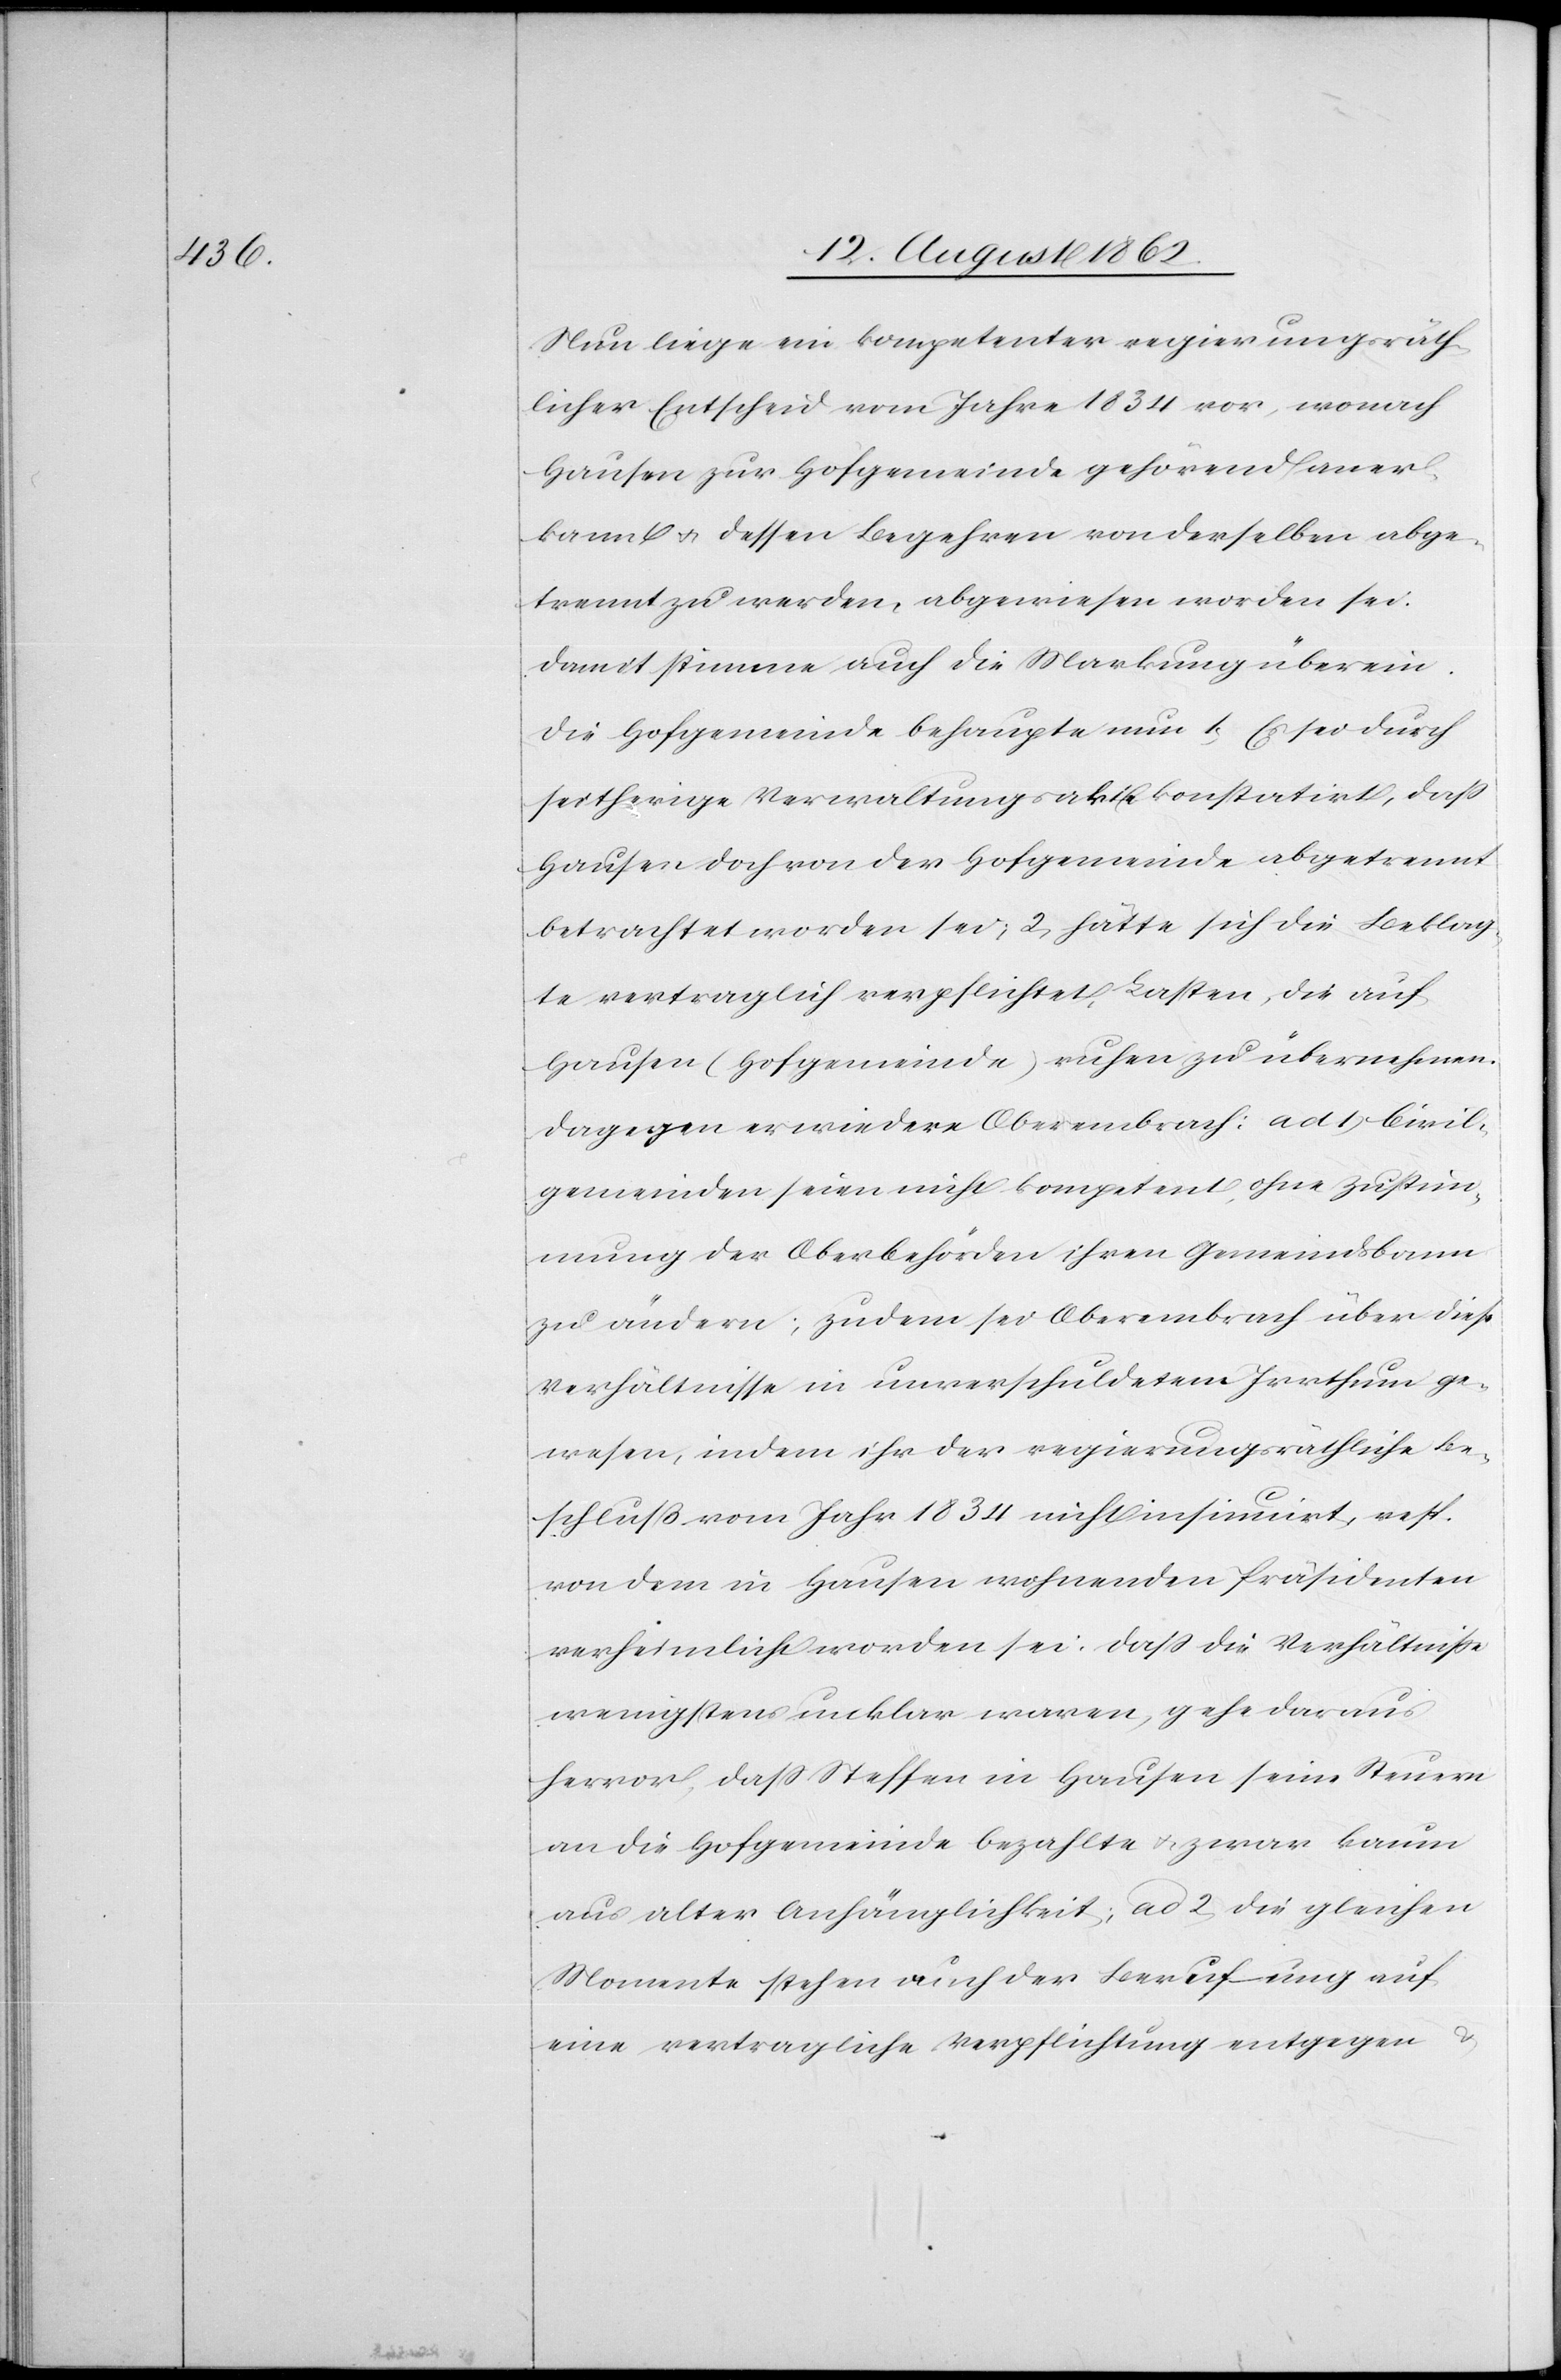
Nun liege ein kompetenter regierungsräth¬
licher Entscheid vom Jahre 1834 vor, wonach
Hausen zur Hofgemeinde gehörend aner¬
kannt u. dessen Begehren von derselben abge¬
trennt werden, abgewiesen worden sei.
Damit stimme auch die Markung überein.
Die Hofgemeinde behaupte nun 1. Es sei durch
seitherige Verwaltungsakte konstatirt, daß
Hausen doch von der Hofgemeinde abgetrennt
betrachtet worden sei; 2. hätte sich die Beklag¬
te vertraglich verpflichtet, Lasten, die auf
Hausen (Hofgemeinde) ruhen zu übernehmen.
Dagegen erwiedere Oberembrach: ad 1) Civil¬
gemeinden seien nicht kompetent, ohne Zustim¬
mung der Oberbehörden ihren Gemeindsbann
zu ändern; zudem sei Oberembrach über diese
Verhältnisse in unverschuldetem Irrthum ge¬
wesen, indem ihr der regierungsräthliche Be¬
schluß vom Jahr 1834 nicht insinuirt, resp.
von dem in Hausen wohnenden Präsidenten
verheimlicht worden sei. Daß die Verhältniße
wenigstens unklar waren, gehe daraus
hervor, daß Steffen in Hausen seine Steuern
an die Hofgemeinde bezahlte u. zwar kaum
aus alter Anhänglichkeit; ad 2) die gleichen
Momente stehen auch der Berufung auf
eine vertragliche Verpflichtung entgegen